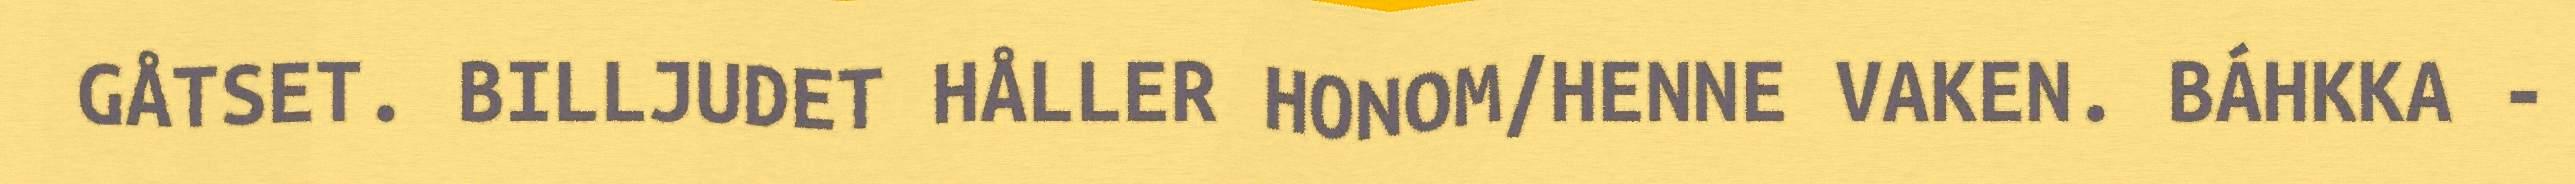
GÅTSET. BILLJUDET HÅLLER HONOM/HENNE VAKEN. BÁHKKA -